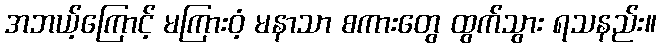
အဘယ့်ကြောင့် မကြားဝံ့ မနာသာ စကားတွေ ထွက်သွား ရသနည်း။